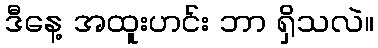
ဒီနေ့ အထူးဟင်း ဘာ ရှိသလဲ။